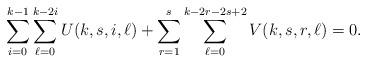
LaTeX: \begin{align*} \sum_{i=0}^{k-1}\sum_{\ell=0}^{k-2i}U(k,s,i,\ell) + \sum_{r=1}^s\sum_{\ell=0}^{k-2r-2s+2}V(k,s,r,\ell)=0. \end{align*}